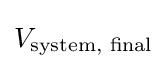
V_{\text{system, final}}